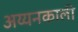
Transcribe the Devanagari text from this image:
अय्यनकाली